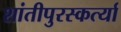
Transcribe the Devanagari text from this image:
शांतीपुरस्कर्त्या